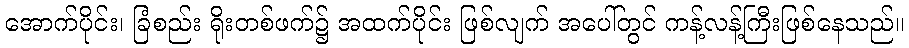
အောက်ပိုင်း၊ ခြံစည်း ရိုးတစ်ဖက်၌ အထက်ပိုင်း ဖြစ်လျက် အပေါ်တွင် ကန့်လန့်ကြီးဖြစ်နေသည်။